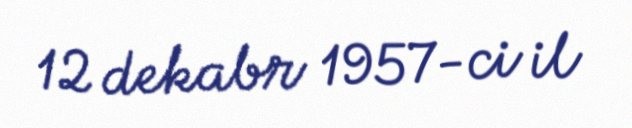
12 dekabr 1957-ci il